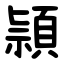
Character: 頴